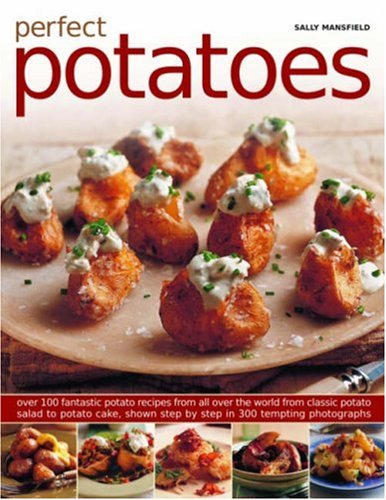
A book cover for Perfect Potatoes: Over 90 Fantastic Potato Recipes From All Over the World, From Classic Potato Salad to Potato Cake, Shown Step-by-Step in 300 Tempting Photographs; Sally Mansfiel; Cookbooks, Food & Wine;